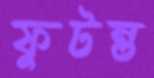
ফুটন্ত